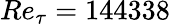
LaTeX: Re_{\tau}=144338